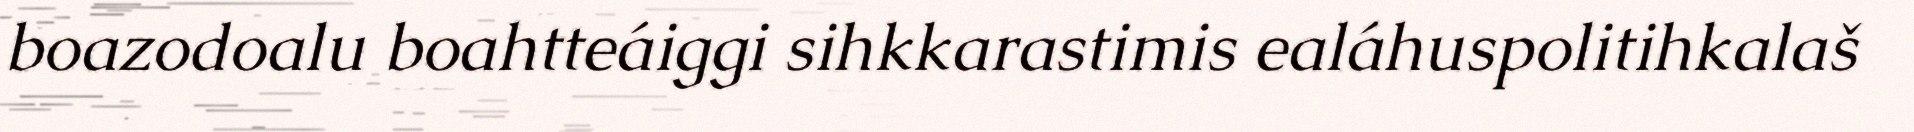
boazodoalu boahtteáiggi sihkkarastimis ealáhuspolitihkalaš